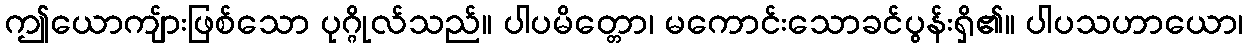
ဤယောကျ်ားဖြစ်သော ပုဂ္ဂိုလ်သည်။ ပါပမိတ္တော၊ မကောင်းသောခင်ပွန်းရှိ၏။ ပါပသဟာယော၊